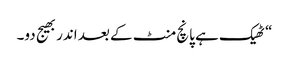
“ ٹھیک ہے پانچ منٹ کے بعد اندر بھیج دو۔